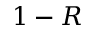
1 - R